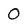
Character: 0